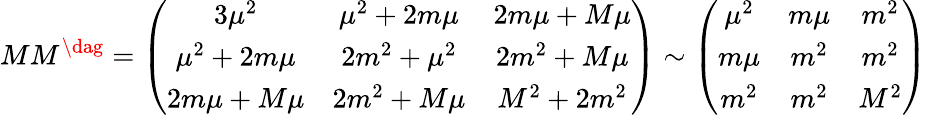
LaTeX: MM^{\dag}=\left(\begin{array}{ccc}{{3\mu^{2}}}&{{\mu^{2}+2m\mu}}&{{2m\mu+M\mu}}\\ {{\mu^{2}+2m\mu}}&{{2m^{2}+\mu^{2}}}&{{2m^{2}+M\mu}}\\ {{2m\mu+M\mu}}&{{2m^{2}+M\mu}}&{{M^{2}+2m^{2}}}\end{array}\right)\sim\left(\begin{array}{ccc}{{\mu^{2}}}&{{m\mu}}&{{m^{2}}}\\ {{m\mu}}&{{m^{2}}}&{{m^{2}}}\\ {{m^{2}}}&{{m^{2}}}&{{M^{2}}}\end{array}\right)